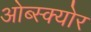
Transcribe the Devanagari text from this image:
ओब्स्क्योर